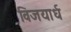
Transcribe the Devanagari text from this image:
विजयार्ध